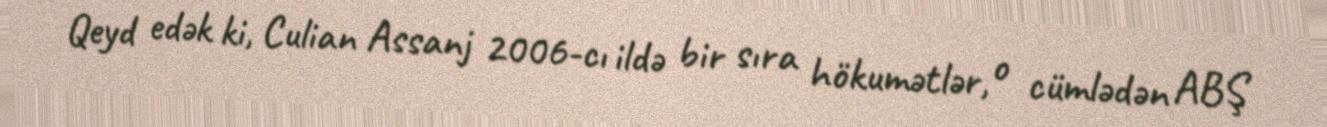
Qeyd edək ki, Culian Assanj 2006-cı ildə bir sıra hökumətlər, o cümlədən ABŞ